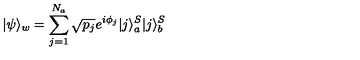
| \psi \rangle _ { w } = \sum _ { j = 1 } ^ { N _ { a } } \sqrt { p _ { j } } e ^ { i \phi _ { j } } | j \rangle _ { a } ^ { S } | j \rangle _ { b } ^ { S }